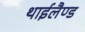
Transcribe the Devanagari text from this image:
थाईलैण्‍ड